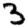
Digit: 3